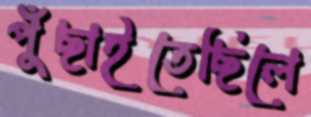
পুঁছাইতেছিলে